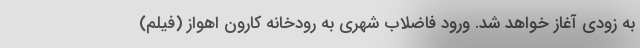
به زودی آغاز خواهد شد. ورود فاضلاب شهری به رودخانه کارون اهواز (فیلم)